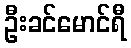
ဦးခင်မောင်ရီ